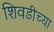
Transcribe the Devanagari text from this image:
शिवडीच्या